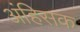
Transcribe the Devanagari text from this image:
अंहिसक